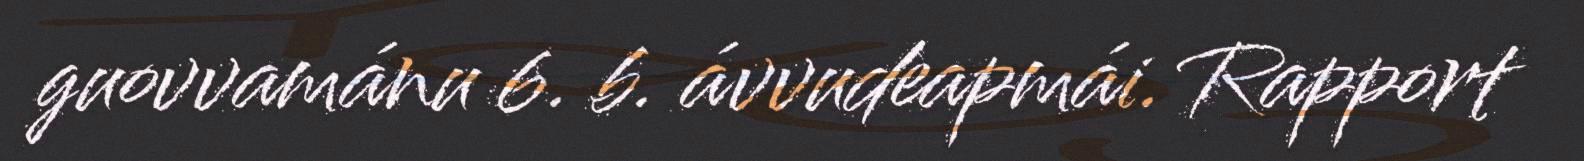
guovvamánu 6. b. ávvudeapmái. Rapport